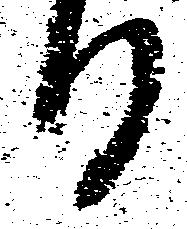
日